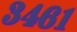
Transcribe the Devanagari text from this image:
३४६१